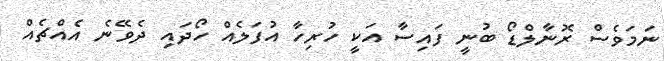
ނަމަވެސް ރޮނާލްޑޯ ބުނީ ފައިސާ އަކީ ހުރިހާ އުފަލެއް ހޯދައި ދެވޭނެ އެއްޗެއް